EELK_Kaarma_kogudus, lk 78
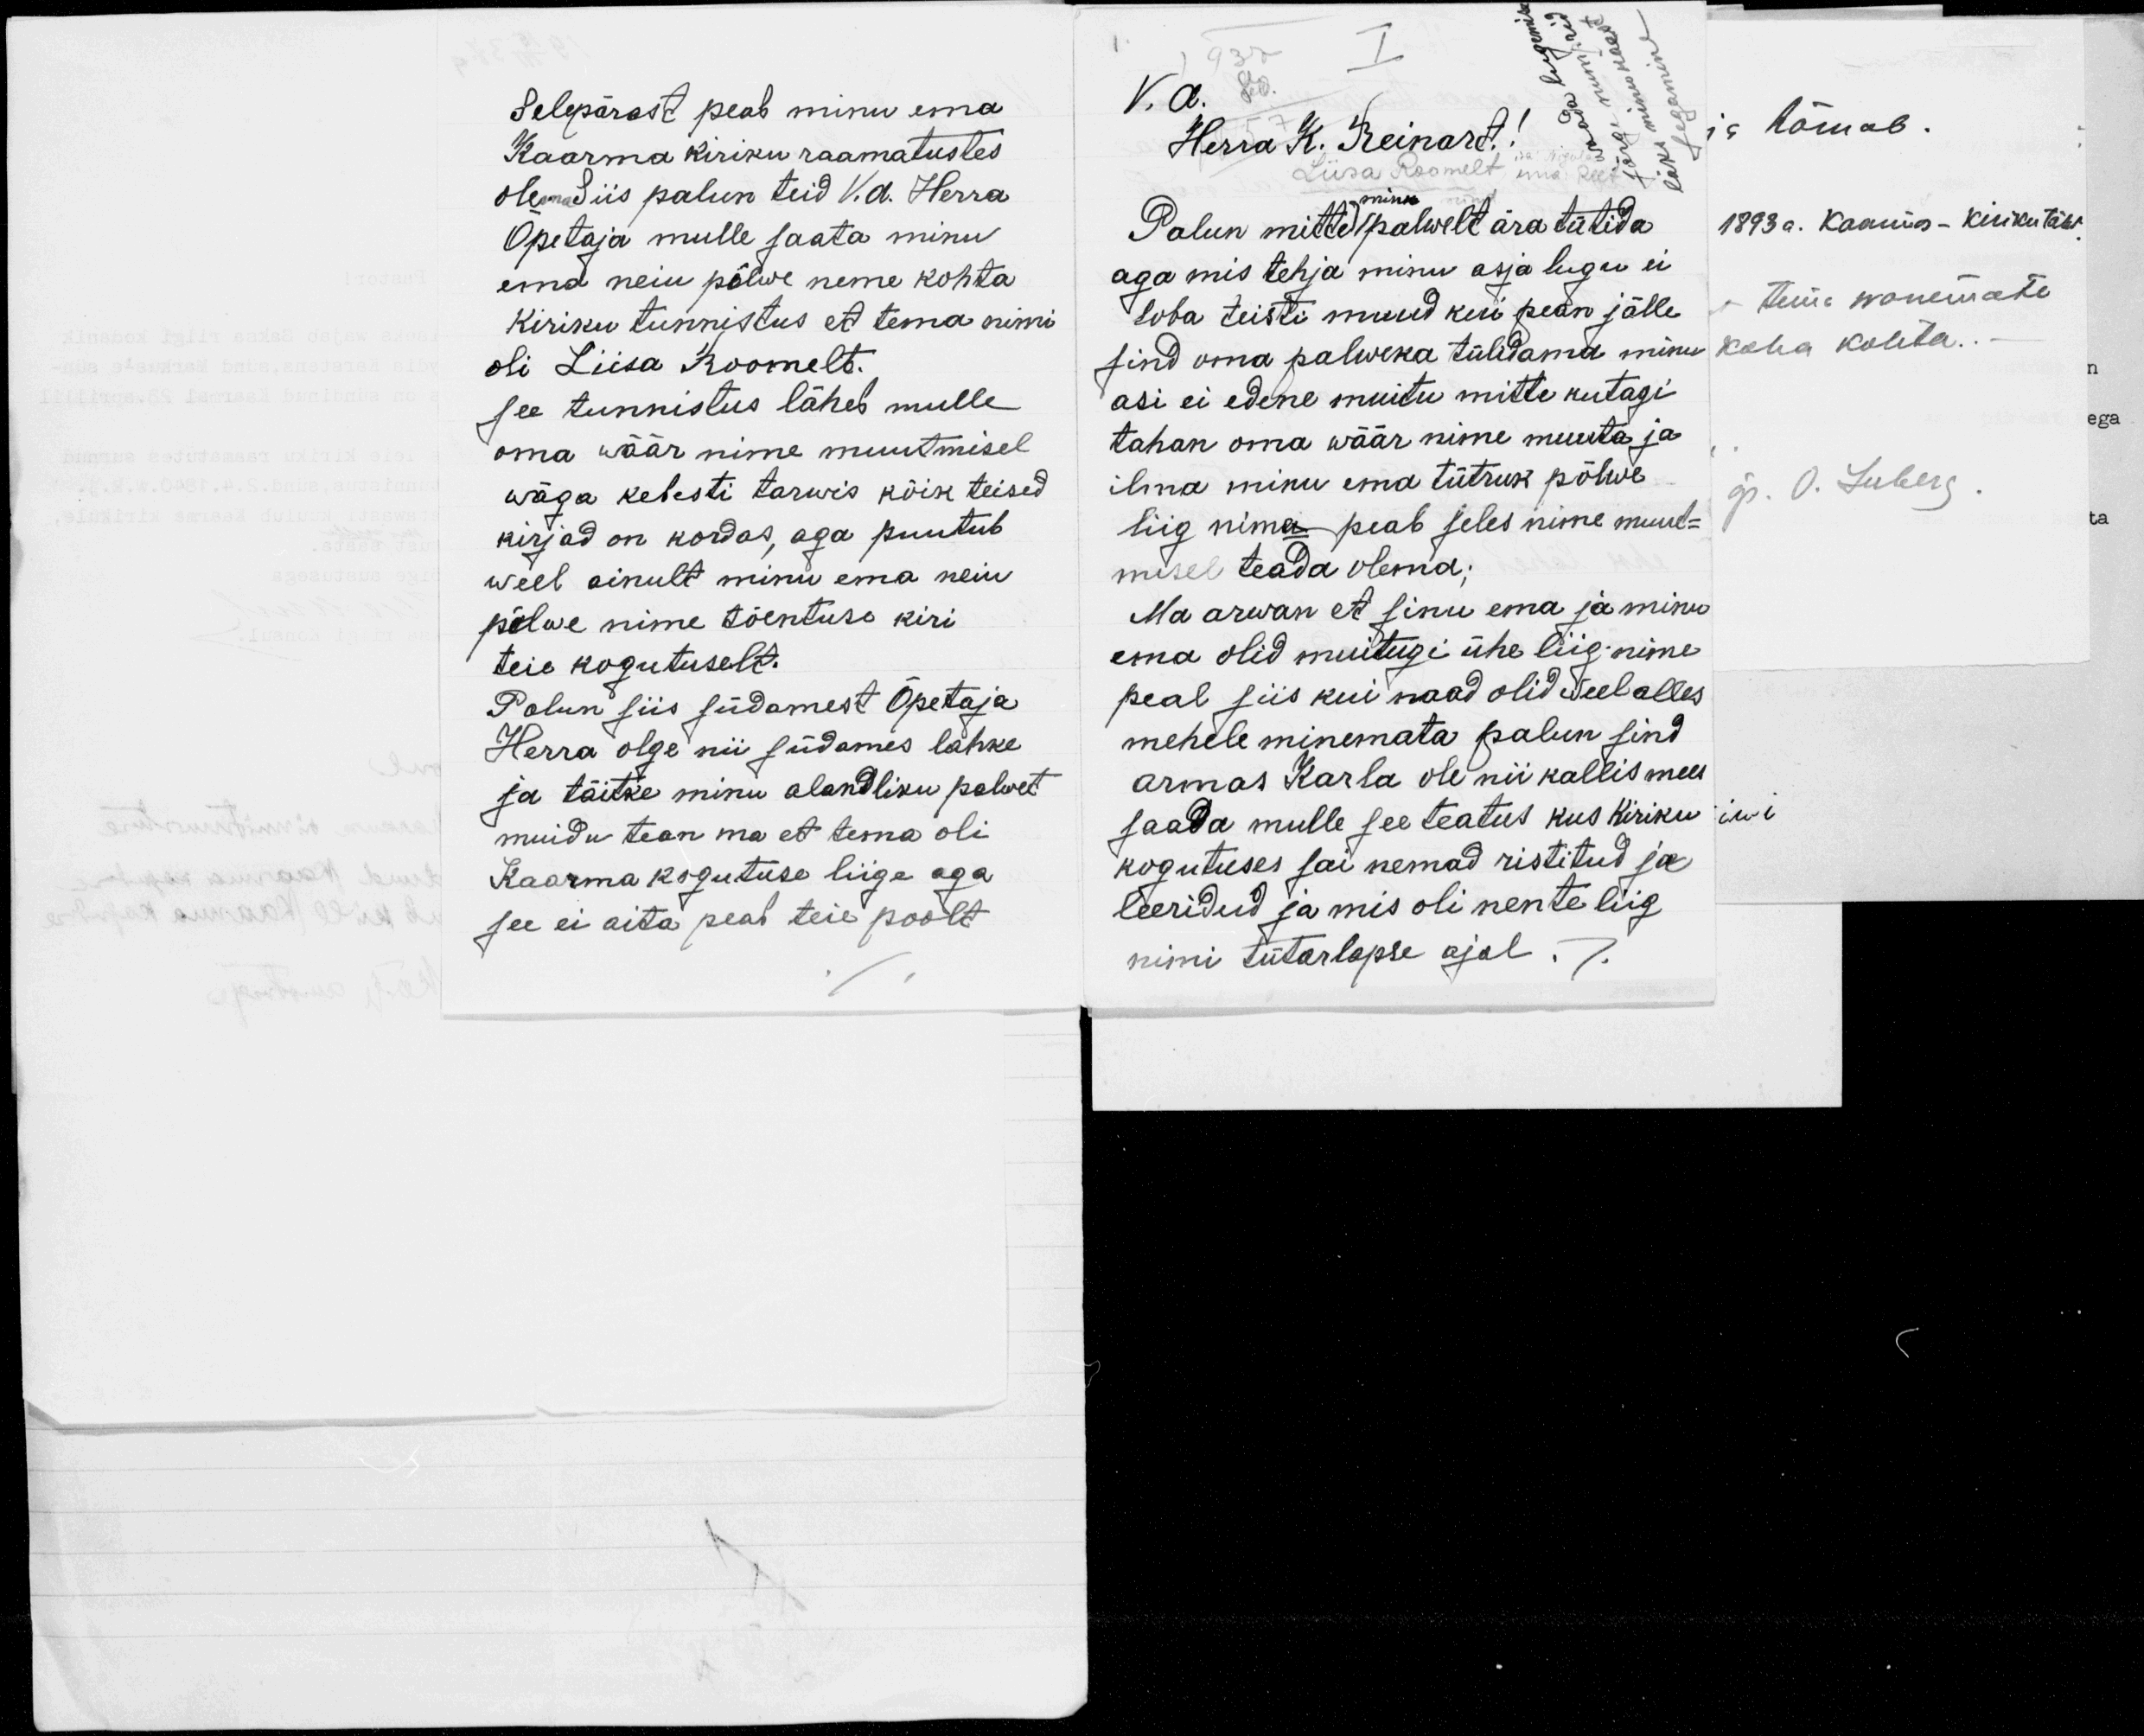
Selepärast peab minu ema.
Kaarma kiriku raamatustes.
olema Siis palun teid V. a. Herra
Õpetaja mulle saata minu
ema neiu põlwe neme kohta
Kiriku tunnistus et tema nimi
oli Liisa Roomelt.
see tunnistus lähes mulle.
oma wäär nime muutmisel.
wäga kehesti tarwis kõik teised
kirjad on kordas, aga puutub.
weel ainult minu ema neiu
põlwe nime tõentuse kiri.
teie kogutuselt.
Palun siis südamest Õpetaja
Herra olge nii südames lahke,
ja täitke minu alandliku palvet.
muidu tean ma et tema oli
Kaarma kogutuse liige aga
see ei aita peab teie poolt

Tallinn lugemine
I
937
järg numbrid
läks minu käest
80
V.a.
tegemine
Herra K. Reinart.
Liisa Roomelt:
Palun mitte minu palwelt ära tütida
aga mis tehja minu asja lugu ei
luba teisti muud kui pean jälle
sind oma palweka tülidama minu
asi ei edene muitu mitte kutagi
tahan oma wäär nime muuta ja
ilma minu ema tütruk põlwe
liig nime peab seles nime muut-
misel teada olema;
Ma arwan et sinu ema ja minu
ema olid muitugi ühe liig nime,
peal siis kui naad olid weel alles
mehele minemata palun sind
armas Karla ole nii kallis mees
saada mulle see teatus kus kiriku
kogutuses sai nemad ristitud ja
leeridud ja mis oli nente liig
nimi tütarlapse ajal.